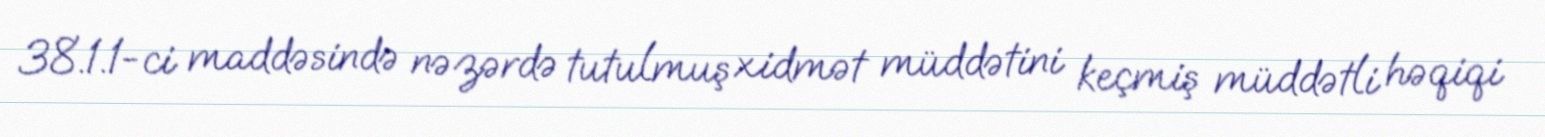
38.1.1-ci maddəsində nəzərdə tutulmuş xidmət müddətini keçmiş müddətli həqiqi